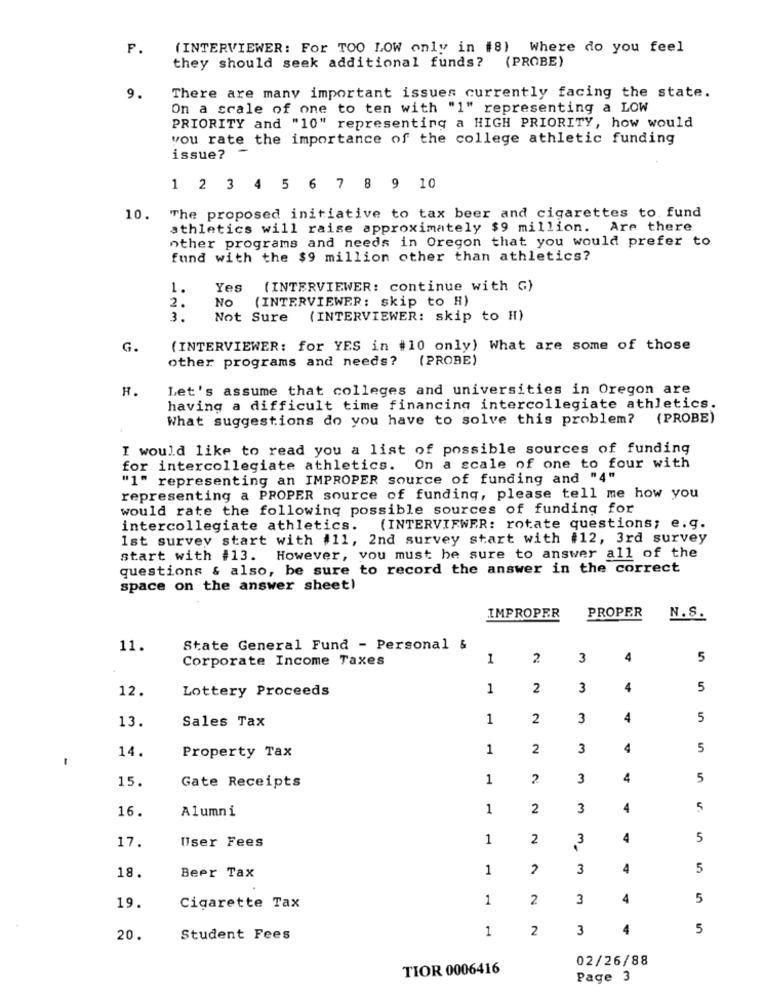
P.
(INTERVIEWER: For TOO LOW only in #8) Where do you feel
(PROBE)
they should seek additional funds?
9.
There are many important issues currently facing the state.
On a scale of one to ten with "1" representing a LOW
PRIORITY and "10" representing a HIGH PRIORITY, how would
you rate the importance of the college athletic funding
issue?
1 2 3 4 5 6 7 8 9 10
10.
The proposed initiative to tax beer and cigarettes to. fund
athletics will raise approximately $9 million. Are there
other programs and needs in Oregon that you would prefer to
fund with the $9 million other than athletics?
1.
Yes
(INTERVIEWER: continue with G)
No
(INTERVIEWER: skip to H)
2.
3.
Not Sure
(INTERVIEWER: skip to H)
G.
(INTERVIEWER: for YES in #10 only) What are some of those
other programs and needs? (PRORE)
H.
Let's assume that colleges and universities in Oregon are
having a difficult time financing intercollegiate athletics.
What suggestions do you have to solve this problem?
(PROBE)
I would like to read you a list of possible sources of funding
for intercollegiate athletics. On a scale of one to four with
"1" representing an IMPROPER source of funding and "4"
representing a PROPER source of funding, please tell me how you
would rate the following possible sources of funding for
intercollegiate athletics. (INTERVIEWER: rotate questions; e.g.
Ist survey start with #11, 2nd survey start with #12, 3rd survey
start with #13. However, you must be sure to answer all of the
questions & also, be sure to record the answer in the correct
space on the answer sheet)
IMPROPER
PROPER
N.S.
11.
State General Fund - Personal &
Corporate Income Taxes
1
2
3
4
5
12.
Lottery Proceeds
1
2
3
4
5
Sales Tax
1
2
3
4
5
13.
14.
Property Tax
1
2
3
4
5
15.
1
2
3
4
5
Gate Receipts
16.
Alumni
1
2
3
4
5
User Fees
1
2
3
4
5
17.
Beer Tax
1
3
4
5
18.
1
2
3
4
5
19.
Cigarette Tax
1
2
3
4
5
20.
Student Fees
02/26/88
TIOR 0006416
Page 3